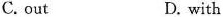
C. out D. with